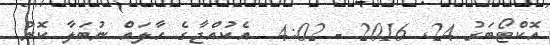
އޮކްޓޯބަރު 24